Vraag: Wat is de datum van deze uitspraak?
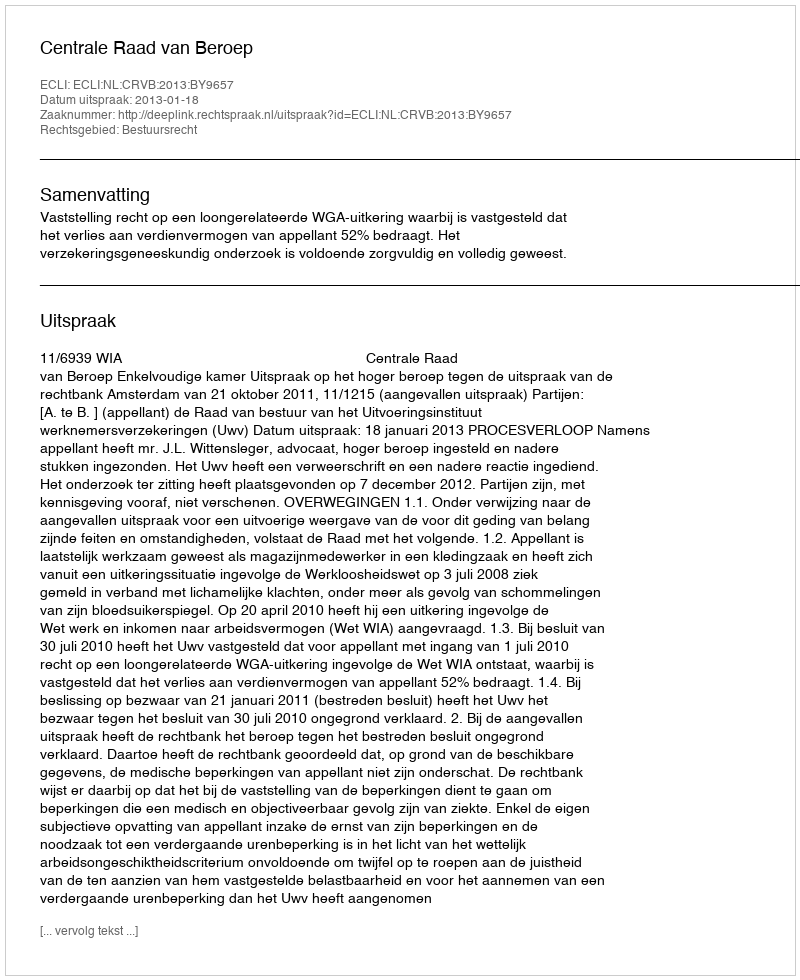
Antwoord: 2013-01-18